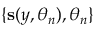
\{ \mathbf { s } ( y , \theta _ { n } ) , \theta _ { n } \}